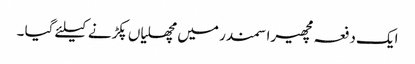
ایک دفعہ مچھیرا سمندر میں مچھلیاں پکڑنے کیلئے گیا ۔